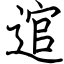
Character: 逭